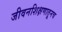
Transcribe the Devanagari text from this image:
जीवनशिक्षणातूनच